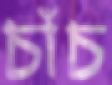
চাঁচ